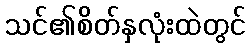
သင်၏စိတ်နှလုံးထဲတွင်